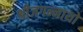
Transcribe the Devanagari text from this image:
श्रीजगन्नाथो